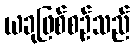
ယခုဖြစ်စဉ်သည်